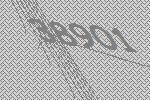
38901